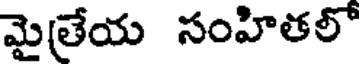
మైత్రేయ సంహితలో